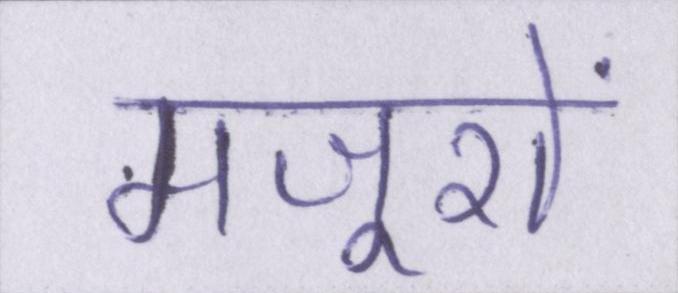
मजूरों